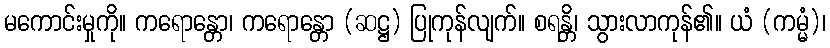
မကောင်းမှုကို။ ကရောန္တော၊ ကရောန္တော (ဆဋ္ဌ) ပြုကုန်လျက်။ စရန္တိ၊ သွားလာကုန်၏။ ယံ (ကမ္မံ)၊